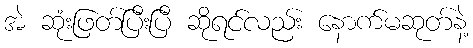
အဲ ဆုံးဖြတ်ပြီးပြီ ဆိုရင်လည်း နောက်မဆုတ်နဲ့